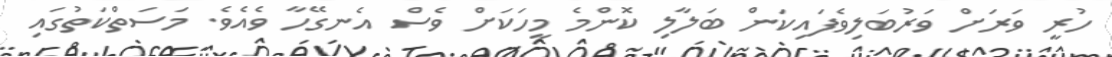
ހުރީ ވަރަށް ވަރުބަލިވެފައިކަން ބަލާލި ކޮންމެ މީހަކަށް ވެސް އެނގޭހާ ވެއެވެ. މަސަތްކަތުގައި